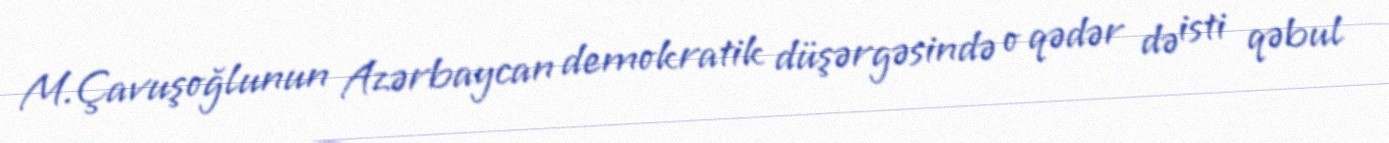
M.Çavuşoğlunun Azərbaycan demokratik düşərgəsində o qədər də isti qəbul